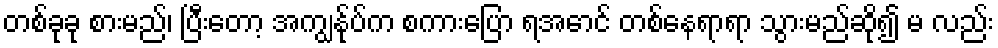
တစ်ခုခု စားမည်၊ ပြီးတော့ အကျွန်ုပ်က စကားပြော ရအောင် တစ်နေရာရာ သွားမည်ဆို၍ မ လည်း